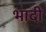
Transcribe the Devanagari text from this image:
भादी